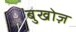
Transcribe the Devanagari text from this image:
बुखोज़